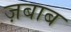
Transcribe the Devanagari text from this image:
ज़बाब